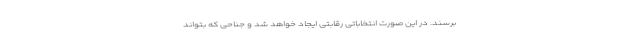
برسند. در این صورت انتخاباتی رقابتی ایجاد خواهد شد و جناحی که بتواند